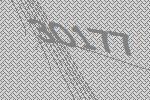
30177